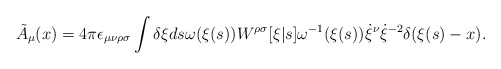
\begin{align*}\tilde{A}_\mu (x)= 4\pi \epsilon_{\mu\nu\rho\sigma} \int \delta \xi ds\omega(\xi(s)) W^{\rho\sigma} [\xi|s] \omega^{-1} (\xi(s))\dot{\xi}^\nu \dot{\xi}^{-2} \delta (\xi(s)-x).\end{align*}